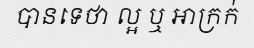
បានទេថា ល្អ ឬ អាក្រក់